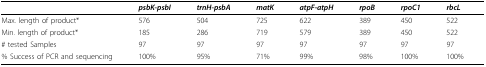
<table><thead><tr><td></td><td><b><i>psbK</i>-<i>psbI</i></b></td><td><b><i>trnH</i>-<i>psbA</i></b></td><td><b><i>matK</i></b></td><td><b><i>atpF</i>-<i>atpH</i></b></td><td><b><i>rpoB</i></b></td><td><b><i>rpoC1</i></b></td><td><b><i>rbcL</i></b></td></tr></thead><tbody><tr><td>Max. length of product*</td><td>576</td><td>504</td><td>725</td><td>622</td><td>389</td><td>450</td><td>522</td></tr><tr><td>Min. length of product*</td><td>185</td><td>286</td><td>719</td><td>579</td><td>389</td><td>450</td><td>522</td></tr><tr><td># tested Samples</td><td>97</td><td>97</td><td>97</td><td>97</td><td>97</td><td>97</td><td>97</td></tr><tr><td>% Success of PCR and sequencing</td><td>100%</td><td>95%</td><td>71%</td><td>99%</td><td>98%</td><td>100%</td><td>100%</td></tr></tbody></table>